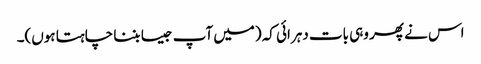
اس نے پھر وہی بات دہرائی کہ (میں آپ جیسا بننا چاہتا ہوں)۔